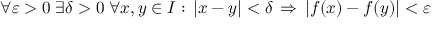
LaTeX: \forall \varepsilon > 0 \; \exists \delta > 0 \; \forall x , y \in I : \, | x - y | < \delta \, \Rightarrow \, | f ( x ) - f ( y ) | < \varepsilon